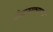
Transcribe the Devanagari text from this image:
पौडफाट्याच्या